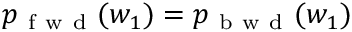
p _ { \mathrm { ~ f ~ w ~ d ~ } } ( w _ { 1 } ) = p _ { \mathrm { ~ b ~ w ~ d ~ } } ( w _ { 1 } )